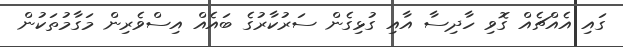
ގައި އެއްޗެއް ގޮވި ހާދިސާ އާއި ގުޅިގެން ސަރުކާރުގެ ބައެއް އިސްވެރިން މަގާމުތަކުން